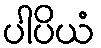
ပါပိယံ